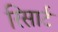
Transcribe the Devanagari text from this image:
रिसार्ट